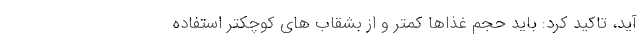
آید، تاکید کرد: باید حجم غذاها کمتر و از بشقاب های کوچکتر استفاده